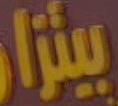
بيتزار